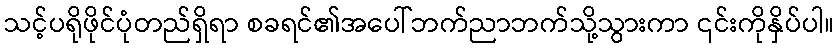
သင့်ပရိုဖိုင်ပုံတည်ရှိရာ စခရင်၏အပေါ်ဘက်ညာဘက်သို့သွားကာ ၎င်းကိုနှိပ်ပါ။